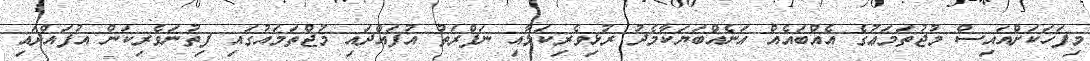
މިފަހަކަށްއައިސް މުޖުތަމަޢުގެ އެއްބައެއް އަނެއްބަޔަކާމެދު ރުޅިވެރިކަމާއި ނަފްރަތު އުފައްދައި މުޖްތަމައުގައި ފިތުނަވެރިކަން އުފައްދައި